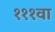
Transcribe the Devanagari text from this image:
१११वा